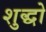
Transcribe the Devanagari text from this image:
शुद्धो